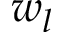
w _ { l }